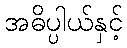
အဓိပ္ပါယ်နှင့်